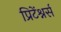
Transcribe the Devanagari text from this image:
प्रिटेंश्नर्स